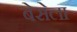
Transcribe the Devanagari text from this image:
बेसेला